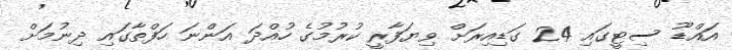
އައްޑޫ ސިޓީގައި 24 ގަޑިއިރަށް ވިޔަފާރީ ކުރުމުގެ ހުއްދަ އަންނަ ހަފްތާގައި ދިނުމަށް